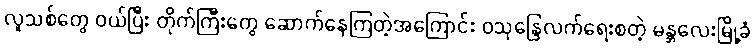
လူသစ်တွေ ဝယ်ပြီး တိုက်ကြီးတွေ ဆောက်နေကြတဲ့အကြောင်း ဝသုန္ဒြေလက်ရေးစတဲ့ မန္တလေးမြို့ခံ